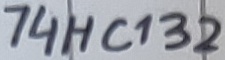
Text: 74HC132